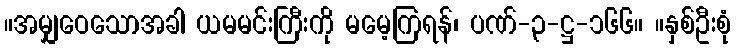
။အမျှဝေသောအခါ ယမမင်းကြီးကို မမေ့ကြရန်၊ ပဏ်-၃-ဋ္ဌ-၁၆၆။ ။နှစ်ဦးစုံ